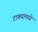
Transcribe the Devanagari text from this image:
टाक्यामध्ये